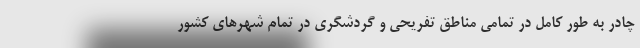
چادر به طور کامل در تمامی مناطق تفریحی و گردشگری در تمام شهر‌های کشور